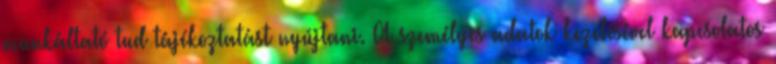
munkáltató tud tájékoztatást nyújtani. A személyes adatok kezelésével kapcsolatos